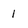
Character: 1